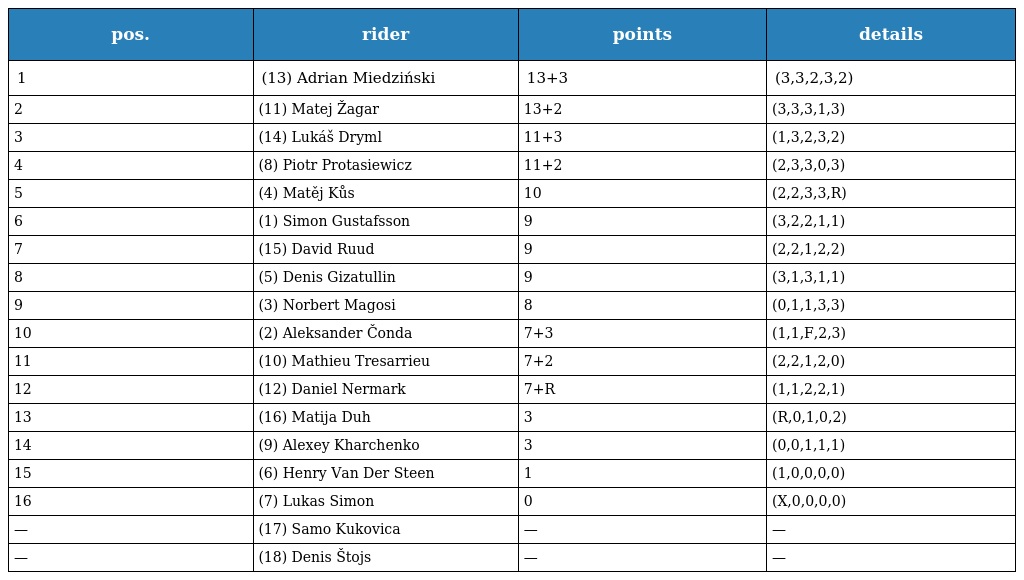
| pos. | rider | points | details |
 | --- | --- | --- | --- |
 | 1 | (13) Adrian Miedziński | 13+3 | (3,3,2,3,2) |
 | 2 | (11) Matej Žagar | 13+2 | (3,3,3,1,3) |
 | 3 | (14) Lukáš Dryml | 11+3 | (1,3,2,3,2) |
 | 4 | (8) Piotr Protasiewicz | 11+2 | (2,3,3,0,3) |
 | 5 | (4) Matěj Kůs | 10 | (2,2,3,3,R) |
 | 6 | (1) Simon Gustafsson | 9 | (3,2,2,1,1) |
 | 7 | (15) David Ruud | 9 | (2,2,1,2,2) |
 | 8 | (5) Denis Gizatullin | 9 | (3,1,3,1,1) |
 | 9 | (3) Norbert Magosi | 8 | (0,1,1,3,3) |
 | 10 | (2) Aleksander Čonda | 7+3 | (1,1,F,2,3) |
 | 11 | (10) Mathieu Tresarrieu | 7+2 | (2,2,1,2,0) |
 | 12 | (12) Daniel Nermark | 7+R | (1,1,2,2,1) |
 | 13 | (16) Matija Duh | 3 | (R,0,1,0,2) |
 | 14 | (9) Alexey Kharchenko | 3 | (0,0,1,1,1) |
 | 15 | (6) Henry Van Der Steen | 1 | (1,0,0,0,0) |
 | 16 | (7) Lukas Simon | 0 | (X,0,0,0,0) |
 | — | (17) Samo Kukovica | — | — |
 | — | (18) Denis Štojs | — | — |